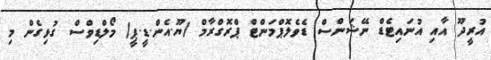
އުރީދޫ އާއި އުނައިޓެޑް ނޭޝަންސް ޑެވެލޮޕްމަންޓް ޕްރޮގްރާމް (ޔޫ.އެން.ޑީ.ޕީ) މޯލްޑިވްސް ގުޅިގެން މި